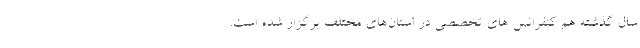
سال گذشته هم کنفرانس های تخصصی در استان‌های مختلف برگزار شده است.